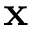
\mathbf { x }